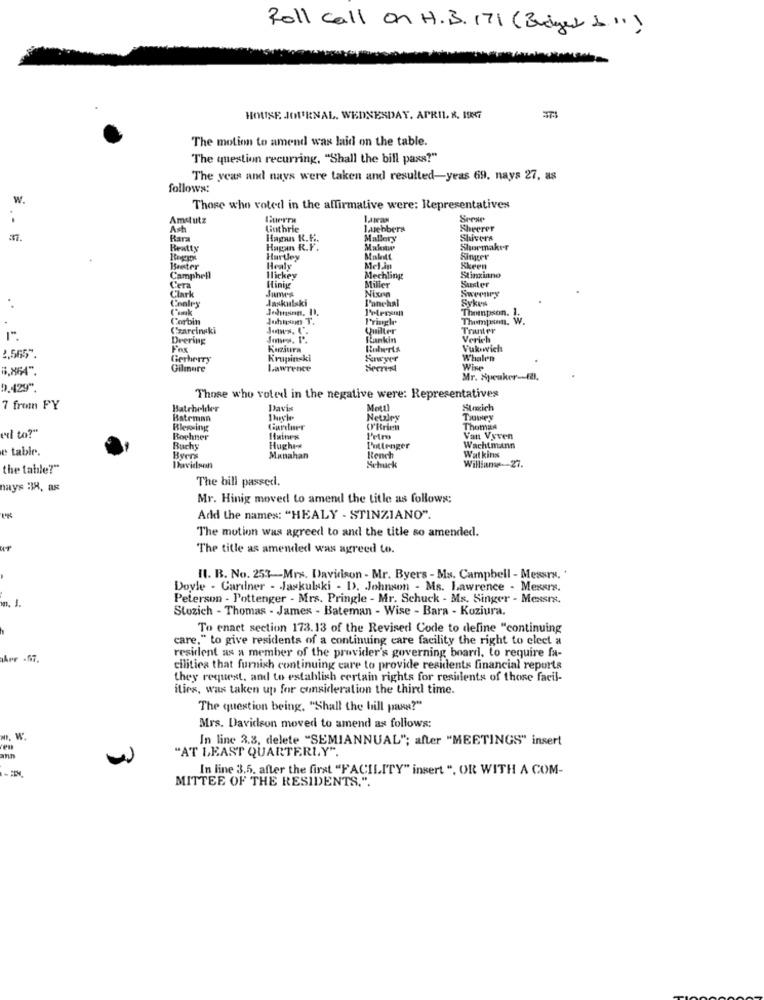
Roll call on H. B. 171 (Budget &")
HOUSE JOURNAL. WEDNESDAY, APRIL. R. 1987
The motion to amend was laid on the table.
The question recurring, "Shall the bill paxs?"
The year and nays were taken and resulted-yeas 69. nays 27, as
follows:
W.
Those who voted in the affirmative were: Representatives
Amstutz
Guerra
Srese
Ash
Guthrie
J.webbers
Sheerer
Rara
Hagan K.l ..
Mallery
Shivers
Beatty
Hagan R.F.
Shormaker
Hartley
Maltt
Singer
Beter
Healy
Mellan
Skeen
Camphell
Mickey
Miller
Mechling
Suster
Stinziano
C'era
Clark
James
Hinig
Nixon
Sweeney
Jaskulski
Funchal
Sykes
Thompson. 1.
Corbin
Juhuom T.
Pringl
Thompson. W.
Czarcinski
Quiller
Tranter
Drering
Rankin
Verich
Fox
Koziura
Roberts
Vuk wich
2,565".
Gerherry
Krupinski
Enwyer
Whale'n
6.864".
Gilmore
Lawrence
Secrest
Wine
Mr. Speaker -- El.
0.429"
Those who voted in the negative were: Representatives
7 from FY
Batchelder
Davis
Mot !!
Strich
Bateman
Netzley
THOwey
Blessing
Curduer
OF'Brien
Thomas
Bochner
Haines
Petra
Van Vyven
e table.
Buchy
Hughes
Pottenger
Rench
Wachtmann
Byers
Manahan
Watkins
the table?"
Davidson
Schuck
Williams -- 27.
The bill passed.
nays 38, as
Mr. Hinig moved to amend the title as follows:
Add the names: "HEALY - STINZIANO".
The motion was agreed to and the title so amended.
The title as amended was agreed to.
Il. B. No. 253-Mrs. Davidson - Mr. Byers - Ms. Campbell - Messrs, '
Doyle - Cardner - Jaxkulski - D. Johnson - Ms. Lawrence - Messrs.
Peterson - Pottenger - Mrs. Pringle - Mr. Schuck - Ms. Singer - Messrs.
w. J.
Stozich - Thomas - James - Bateman - Wise - Bara - Koziura.
To enact section 173.13 of the Revised Code to define "continuing
care," to give residents of a continuing care facility the right to elect a
resident as a member of the provider's governing board, to require fa-
cilities that furnish continuing care to provide residents financial reports
they request, and to establish certain rights for residents of those facil-
ities, was taken up for consideration the third time.
The question being, "Shall the hill pass?"
Mrs. Davidson moved to amend as follows:
m. W.
In line 3.3, delete "SEMIANNUAL"; after "MEETINGS" insert
"AT LEAST QUARTERLY".
In line 3.5. after the first "FACILITY" insert ", OR WITH A COM-
MITTEE OF THE RESIDENTS.".